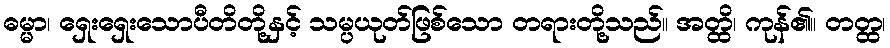
ဓမ္မာ၊ ရှေးရှေးသောပီတိတို့နှင့် သမ္ပယုတ်ဖြစ်သော တရားတို့သည်။ အတ္ထိ၊ ကုန်၏။ တတ္ထ၊